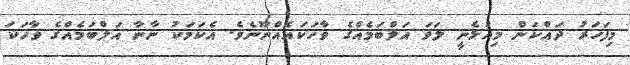
މިފަހަރު ދައްކަން މިއުޅެނީ ލަވަ އަލްބަމެއްގެ ވާހަކައެއްނޫނެވެ. އެކަމަކު ނާނާ އަލްބަމެއްގެ ވާހަކަ